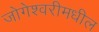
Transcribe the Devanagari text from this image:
जोगेश्वरीमधील